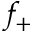
f _ { + }